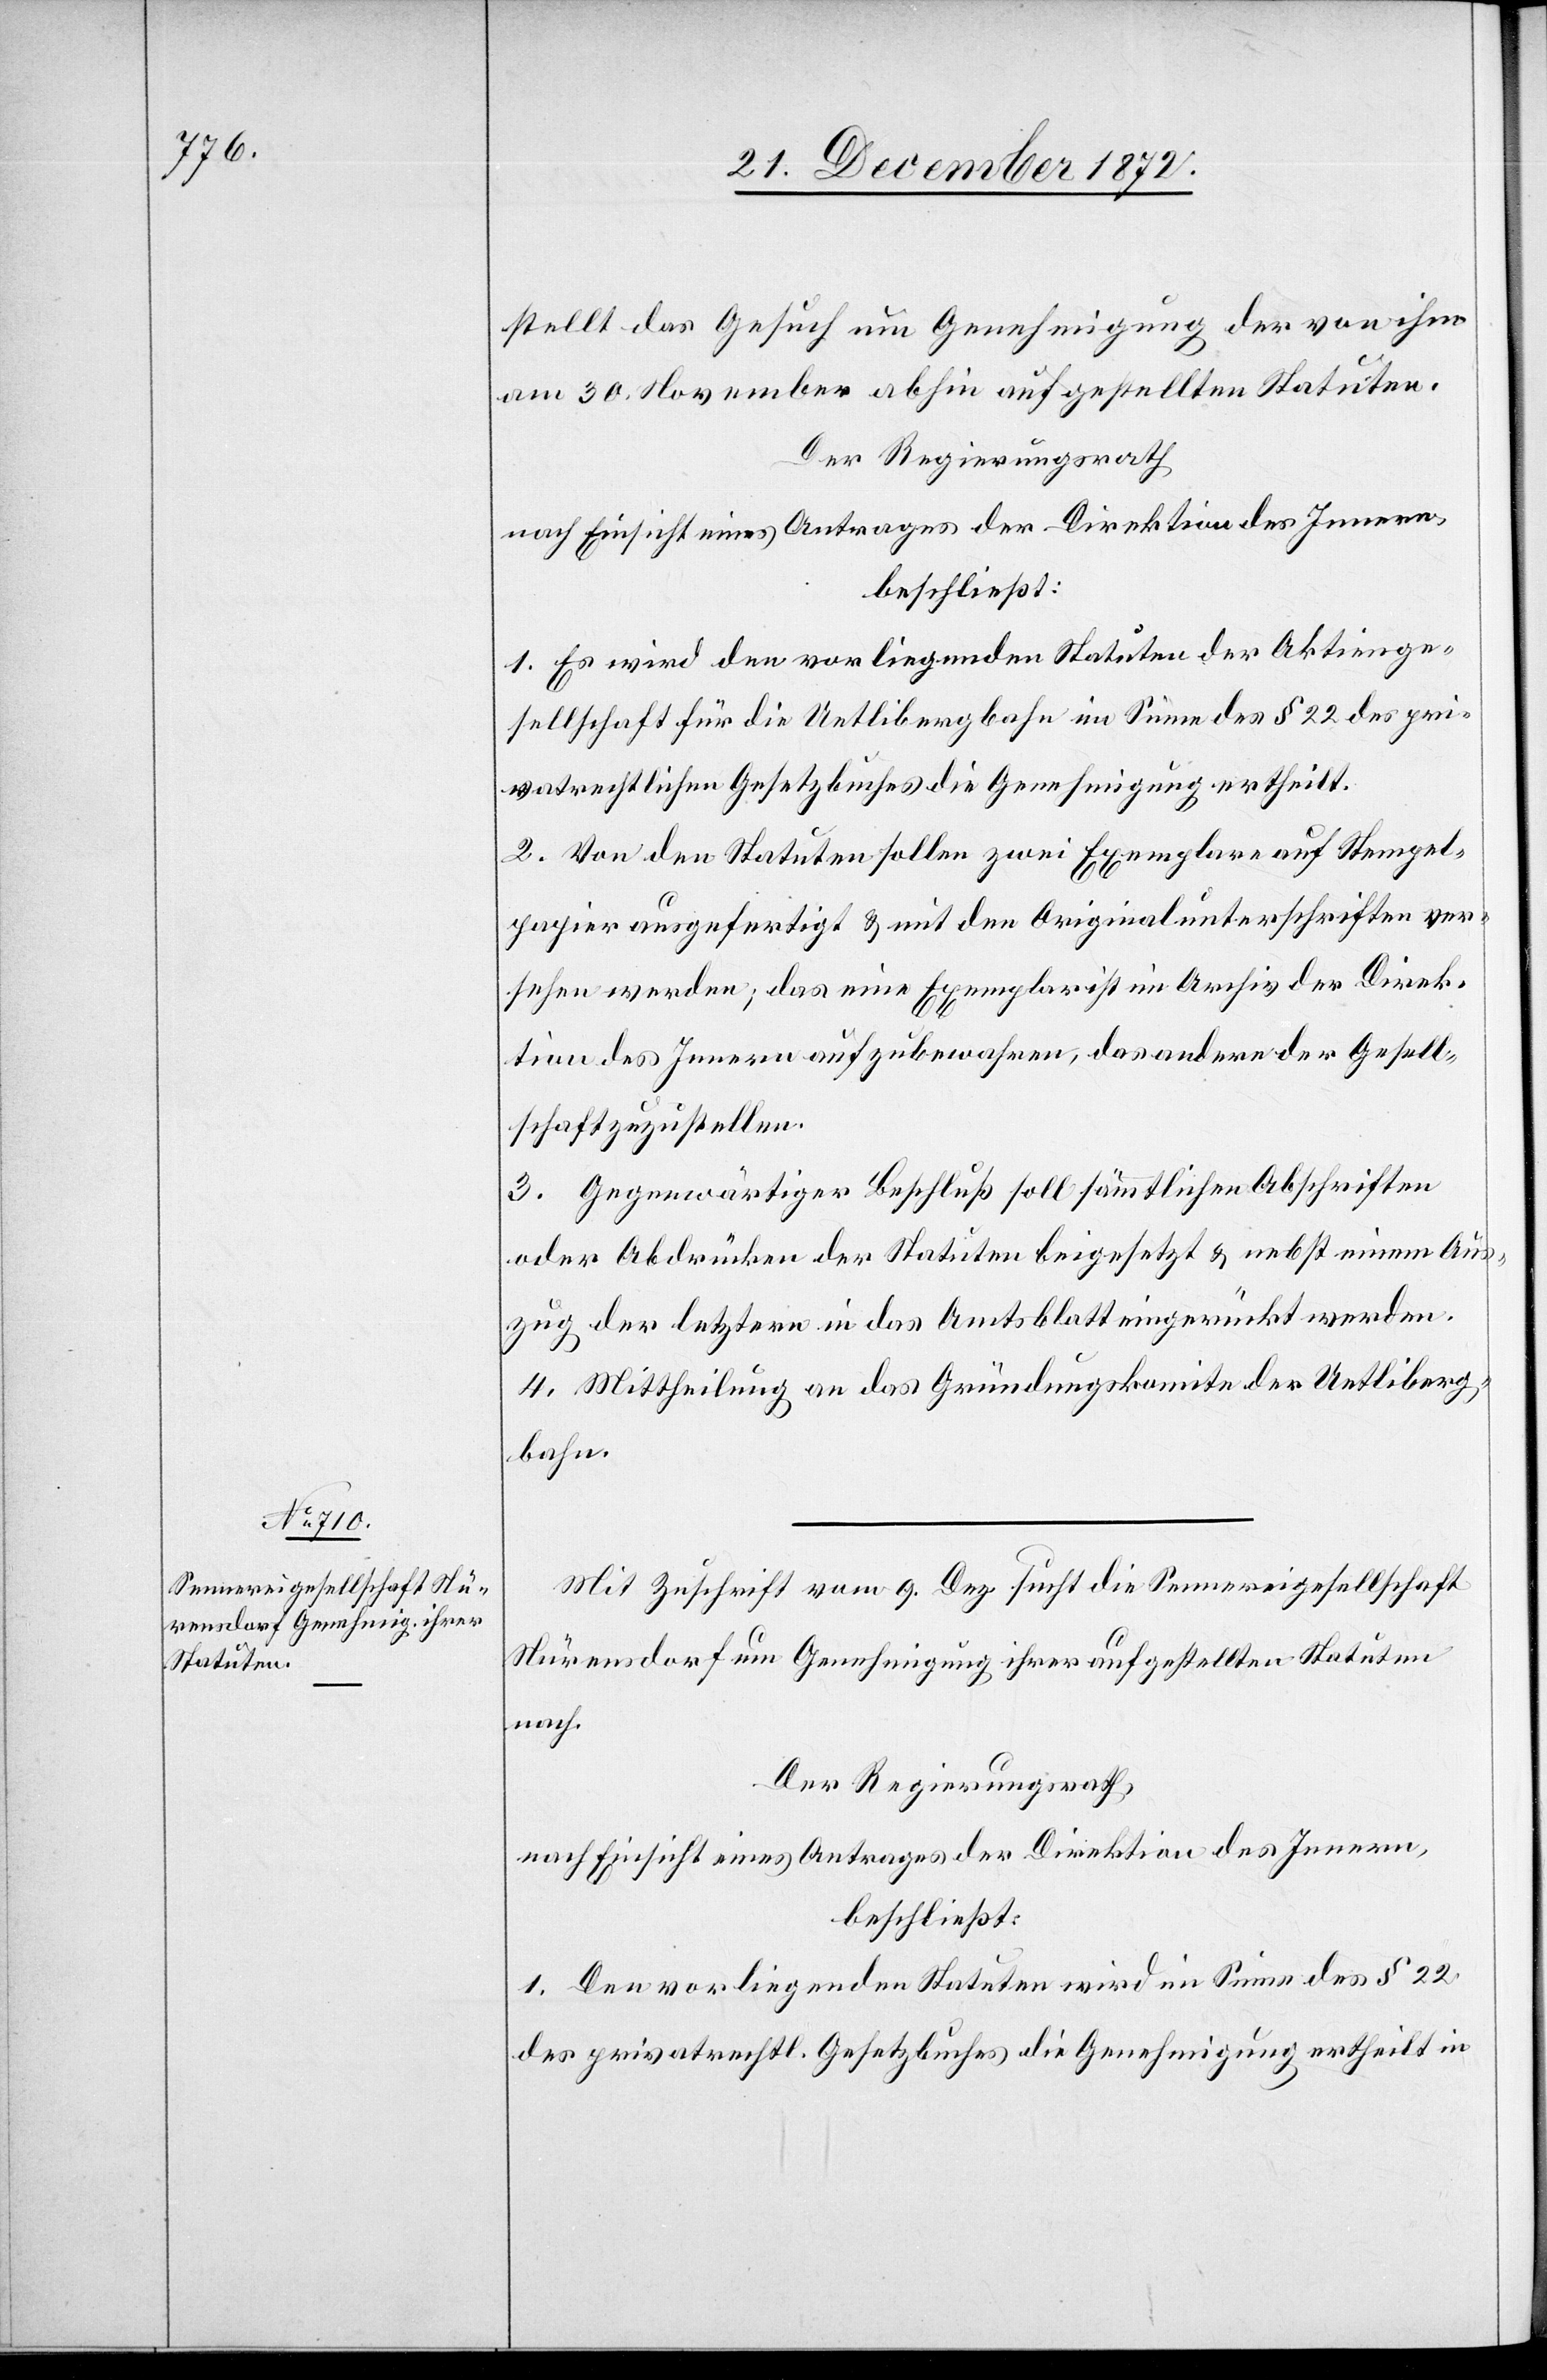
stellt das Gesuch um Genehmigung der von ihm
am 30. November abhin aufgestellten Statuten.
Der Regierungsrath
nach Einsicht eines Antrages der Direktion des Innern,
beschließt:
1. Es wird den vorliegenden Statuten der Aktienge¬
sellschaft für die Uetlibergbahn im Sinne des § 22 des pri¬
vatrechtlichen Gesetzbuches die Genehmigung ertheilt.
2. Von den Statuten sollen zwei Exemplare auf Stempel¬
papier ausgefertigt u. mit den Originalunterschriften ver¬
sehen werden; das eine Exemplar ist im Archiv der Direk¬
tion des Innern aufzubewahren, das andere der Gesell¬
schaft zuzustellen.
3. Gegenwärtiger Beschluß soll sämmtlichen Abschriften
oder Abdrücken der Statuten beigesetzt u. nebst einem Aus¬
zug der letztern in das Amtsblatt eingerückt werden.
4. Mittheilung an das Gründungskomite der Uetliberg¬
bahn.
Mit Zuschrift vom 9. Dez. sucht die Sennereigesellschaft
Nürensdorf um Genehmigung ihrer aufgestellten Statuten
nach.
Der Regierungsrath,
nach Einsicht eines Antrages der Direktion des Innern,
beschließt:
1. Den vorliegenden Statuten wird im Sinne des § 22
des privatrechtl. Gesetzbuches die Genehmigung ertheilt in